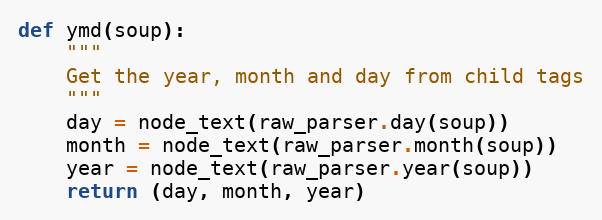
Language: Python
def ymd(soup):
    """
    Get the year, month and day from child tags
    """
    day = node_text(raw_parser.day(soup))
    month = node_text(raw_parser.month(soup))
    year = node_text(raw_parser.year(soup))
    return (day, month, year)